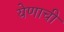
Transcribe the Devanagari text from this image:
येणाची